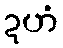
ဍဟံ